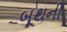
બૂથની